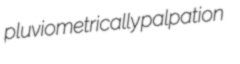
pluviometrically palpation